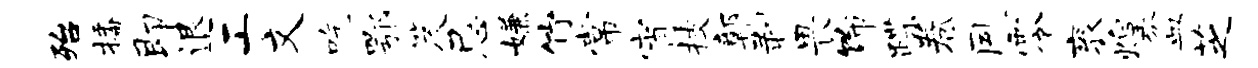
殆播即退工文吃鄂笈忌嫌竹常宵技鄣剥畏饰蹀卷夙零衮煌盆芝